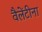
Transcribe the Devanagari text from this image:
वैलेंटीना